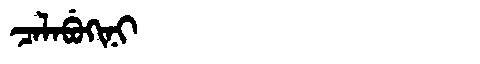
Manchu: ᠴᠠᠯᠠᠪᡠᡴᡳᠨᡳ
Romanization: CALABUKINI